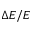
\Delta E / E